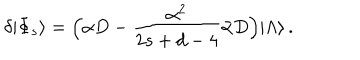
LaTeX: \delta | \Phi _ { s } \rangle = \Bigl ( \alpha D - \frac { \alpha ^ { 2 } } { 2 s + d - 4 } \bar { \alpha } D \Bigr ) | \Lambda \rangle \, .